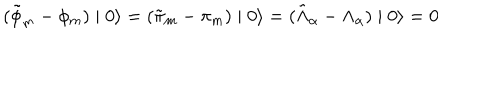
( \tilde { \phi } _ { m } - \phi _ { m } ) \mid 0 \rangle = ( \tilde { \pi } _ { m } - \pi _ { m } ) \mid 0 \rangle = ( \tilde { \Lambda } _ { \alpha } - \Lambda _ { \alpha } ) \mid 0 \rangle = 0